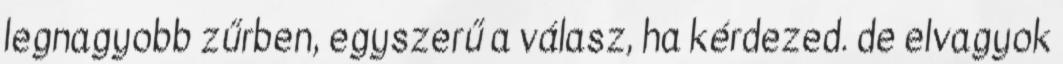
legnagyobb zűrben, egyszerű a válasz, ha kérdezed. de elvagyok